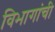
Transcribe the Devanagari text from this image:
विभागांंची